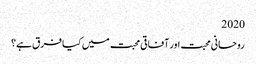
2020
روحانی محبت اور آفاقی محبت میں کیا فرق ہے؟